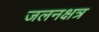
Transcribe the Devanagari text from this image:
जलनक्षत्र